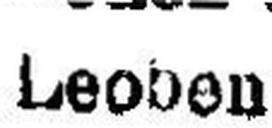
Leoben